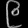
Digit: ၉